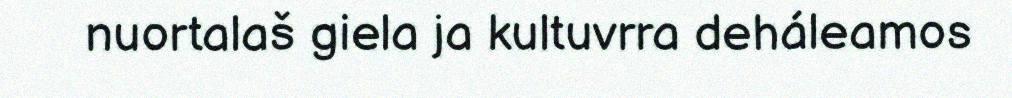
nuortalaš giela ja kultuvrra deháleamos